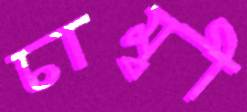
চাম্বী